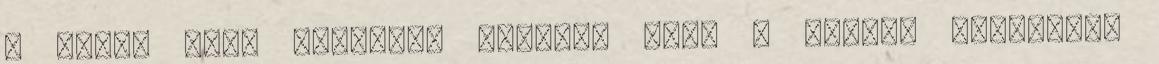
A vízbe téve ugyanúgy pezseg, mint a csokis változat.